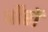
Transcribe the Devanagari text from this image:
चौरों